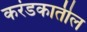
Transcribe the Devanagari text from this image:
करंडकातील